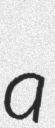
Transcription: a